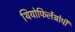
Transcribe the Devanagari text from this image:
थियोफिलेंथ्रोपी